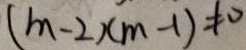
( m - 2 ) ( m - 1 ) \neq 0